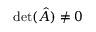
\operatorname* { d e t } ( { \hat { A } } ) \neq 0